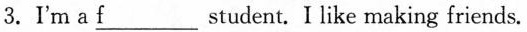
3.I'm a \underline{f}___ student. I like making friends.